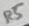
Text: R5